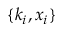
\{ k _ { i } , \boldsymbol { x _ { i } } \}